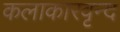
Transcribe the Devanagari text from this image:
कलाकारवृन्द